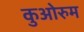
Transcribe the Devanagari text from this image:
कुओरुम